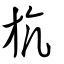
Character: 斻